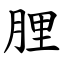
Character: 䤚